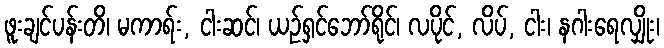
ဖူးချင်ပန်းတိ၊ မကာရ်း, ငါးဆင်၊ ယဉ်ရှင်ဘော်ရိုင်၊ လပိုင်, လိပ်, ငါး၊ နဂါးရေလျှိုး၊